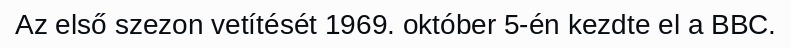
Az első szezon vetítését 1969. október 5-én kezdte el a BBC.